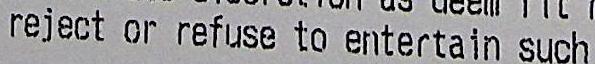
REJECT OR REFUSE TO ENTERTAIN SUCH